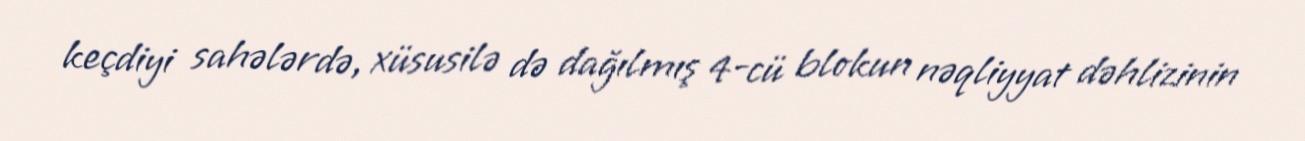
keçdiyi sahələrdə, xüsusilə də dağılmış 4-cü blokun nəqliyyat dəhlizinin